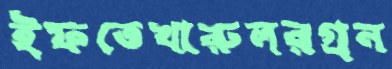
ইফতেখারুলরগ্রন